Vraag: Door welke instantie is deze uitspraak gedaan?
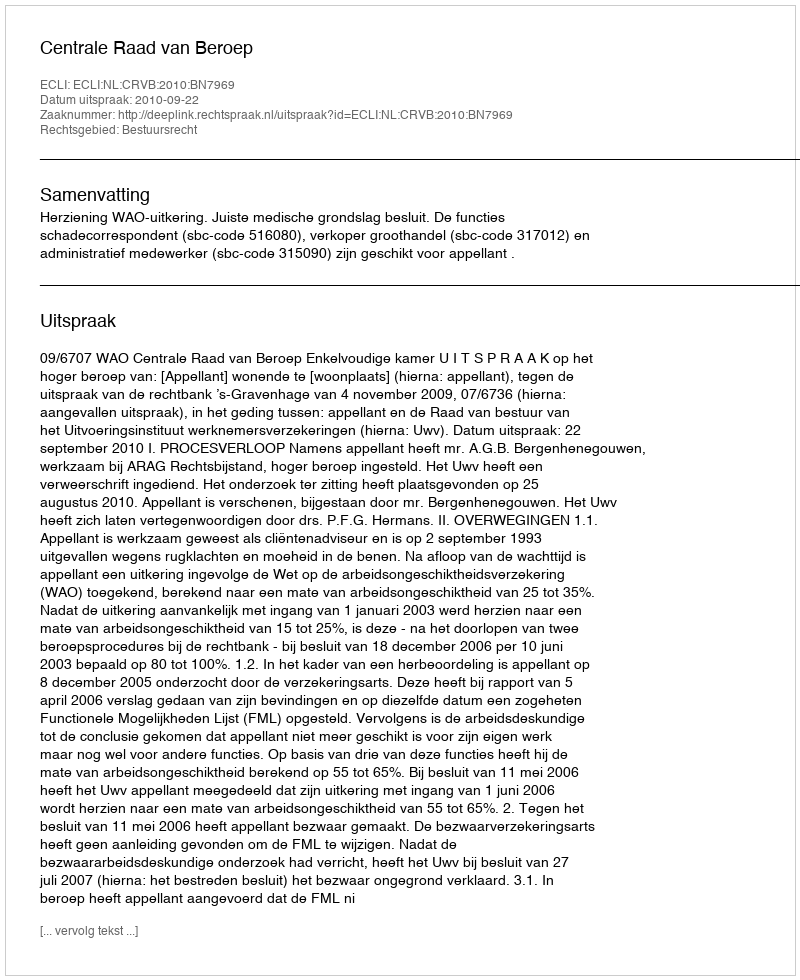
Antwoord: Centrale Raad van Beroep